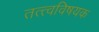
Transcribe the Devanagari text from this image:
तत्त्वविषयक